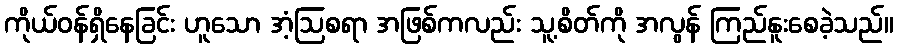
ကိုယ်ဝန်ရှိနေခြင်း ဟူသော အံ့ဩစရာ အဖြစ်ကလည်း သူ့စိတ်ကို အလွန် ကြည်နူးစေခဲ့သည်။